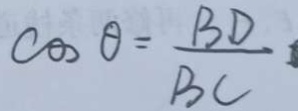
\cos \theta = \frac { B D } { B C }